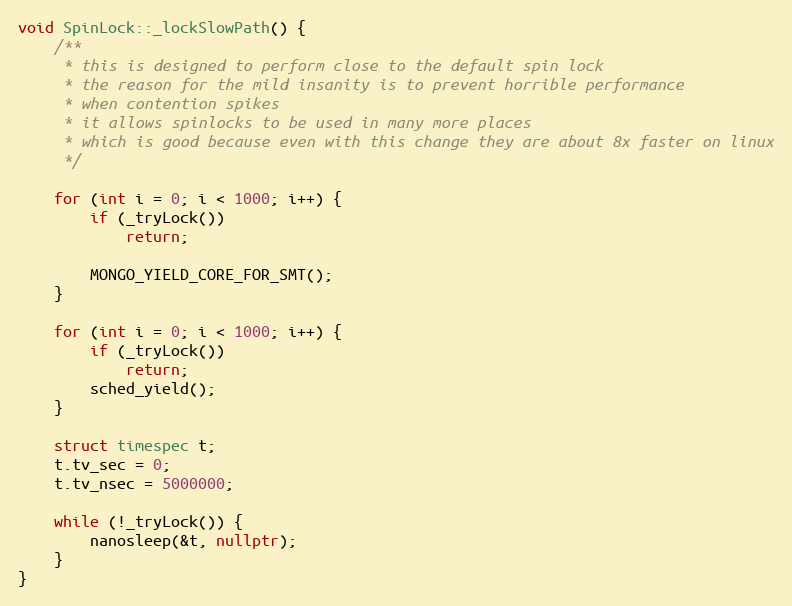
Language: C++
void SpinLock::_lockSlowPath() {
    /**
     * this is designed to perform close to the default spin lock
     * the reason for the mild insanity is to prevent horrible performance
     * when contention spikes
     * it allows spinlocks to be used in many more places
     * which is good because even with this change they are about 8x faster on linux
     */

    for (int i = 0; i < 1000; i++) {
        if (_tryLock())
            return;

        MONGO_YIELD_CORE_FOR_SMT();
    }

    for (int i = 0; i < 1000; i++) {
        if (_tryLock())
            return;
        sched_yield();
    }

    struct timespec t;
    t.tv_sec = 0;
    t.tv_nsec = 5000000;

    while (!_tryLock()) {
        nanosleep(&t, nullptr);
    }
}